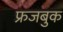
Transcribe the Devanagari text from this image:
फ्रजबुक